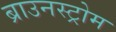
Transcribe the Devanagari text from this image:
ब्राउनस्ट्रोम